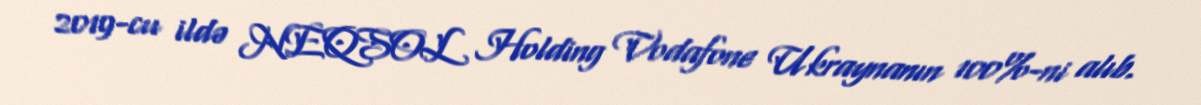
2019-cu ildə NEQSOL Holding Vodafone Ukraynanın 100%-ni alıb.